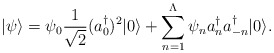
\begin{align*}|\psi\rangle =\psi_{0}{1\over \sqrt{2}}(a_{0}^{\dagger})^{2}|0\rangle+\sum_{n=1}^{\Lambda}\psi_{n}a_{n}^{\dagger}a_{-n}^{\dagger}|0\rangle.\end{align*}